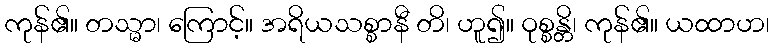
ကုန်၏။ တသ္မာ၊ ကြောင့်။ အရိယသစ္စာနီ တိ၊ ဟူ၍။ ဝုစ္စန္တိ၊ ကုန်၏။ ယထာဟ၊